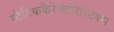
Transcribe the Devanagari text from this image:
स्टैटिककैरेक्टरिस्टिक्स